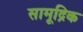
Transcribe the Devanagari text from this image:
सामूद्रिक